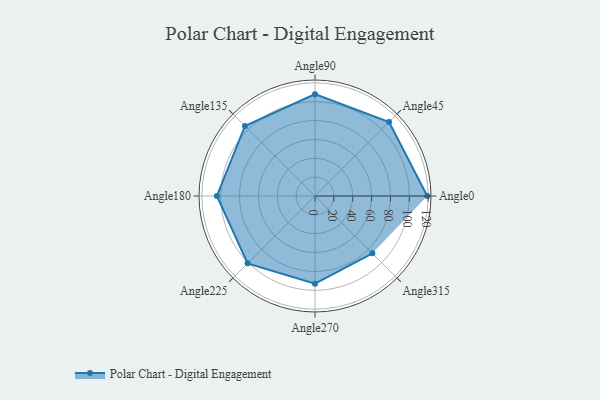
{"axis": {"x": "Angle", "y": "Radius"}, "legend": [""], "data": [{"x": "Angle0", "y": 119.0, "type": ""}, {"x": "Angle45", "y": 111.0, "type": ""}, {"x": "Angle90", "y": 108.0, "type": ""}, {"x": "Angle135", "y": 105.0, "type": ""}, {"x": "Angle180", "y": 104.0, "type": ""}, {"x": "Angle225", "y": 101.0, "type": ""}, {"x": "Angle270", "y": 93.0, "type": ""}, {"x": "Angle315", "y": 86.0, "type": ""}]}